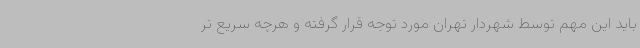
باید این مهم توسط شهردار تهران مورد توجه قرار گرفته و هرچه سریع تر